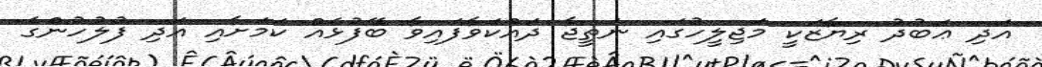
އަދި ޢަބުދު ރިޔާޒަކީ މަޖިލީހުގައި ނަތީޖާ ދައްކަވާފައިވާ ބޭފުޅެއް ކަމަށާއި އަދި ފުލުުހުންގެ